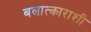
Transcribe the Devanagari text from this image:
बलात्काराशी